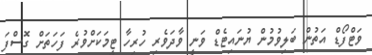
ވަޓްފޯޑް އަތުން ބަލިވުމުން ޔުނައިޓެޑް ވަނީ ވާދަވެރި ހުރިހާ ޓީމަކަށްވުރެ ފަހަތަށް ގޮސްފަ